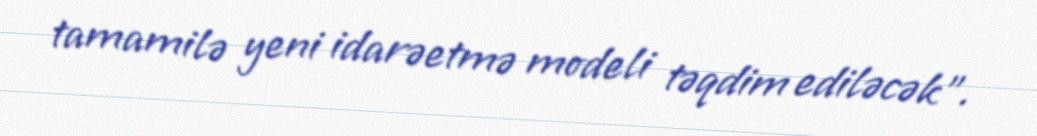
tamamilə yeni idarəetmə modeli təqdim ediləcək".